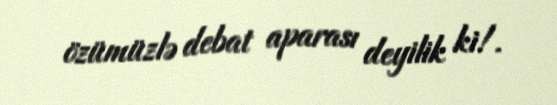
özümüzlə debat aparası deyilik ki!.